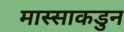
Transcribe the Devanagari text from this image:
मास्साकडुन